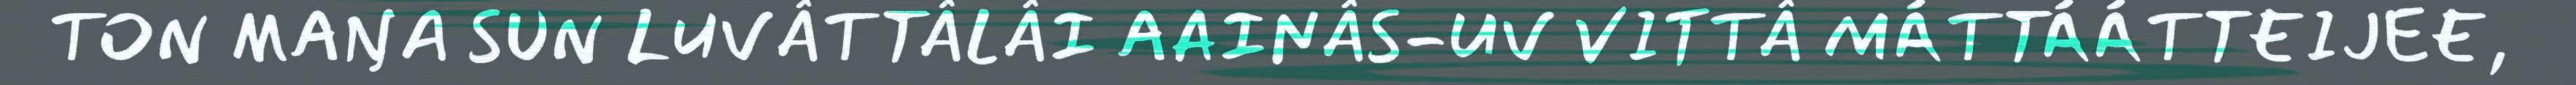
TON MAŊA SUN LUVÂTTÂLÂI AAINÂS-UV VITTÂ MÁTTÁÁTTEIJEE,